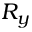
R _ { y }